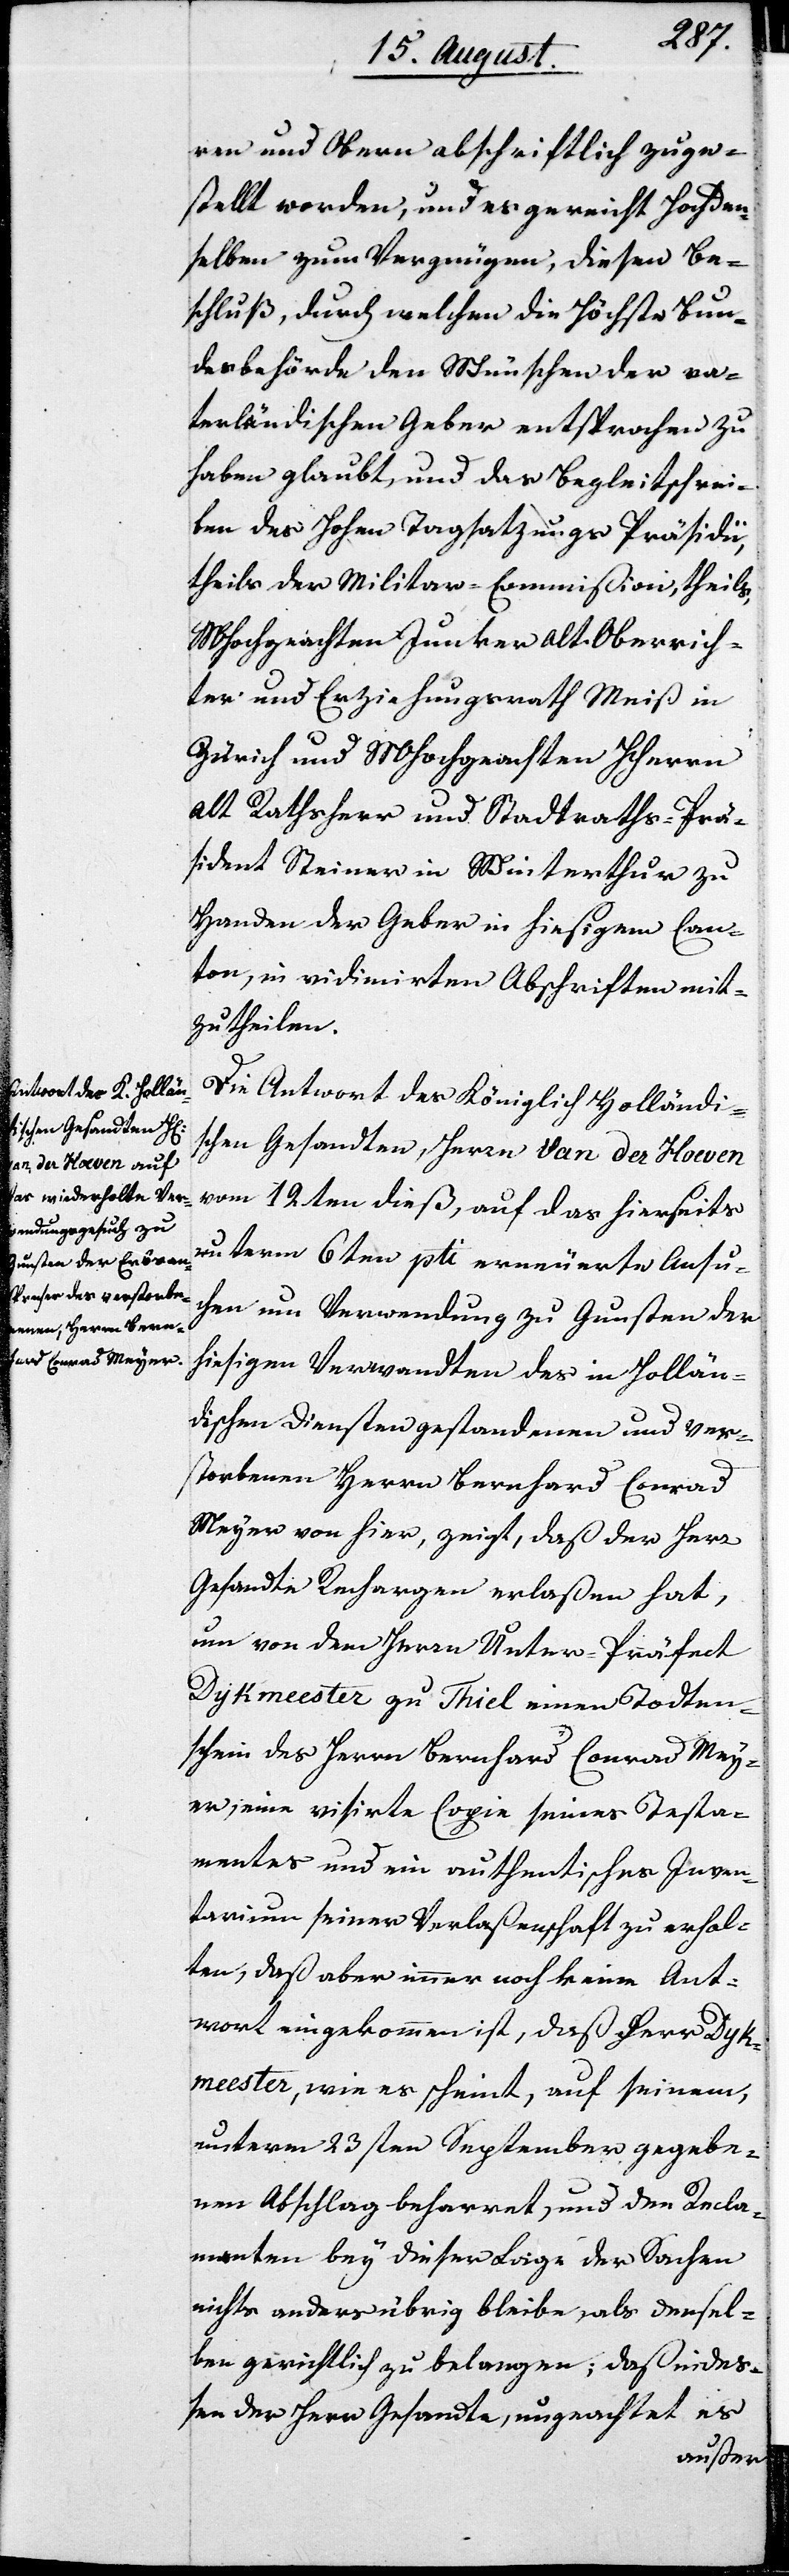
ren und Obern abschriftlich zuge¬
stellt worden, und es gereicht Hochden¬
selben zum Vergnügen, diesen Be¬
schluß, durch welchen die Höchste Bun¬
desbehörde den Wünschen der va¬
terländischen Geber entsprochen zu
haben glaubt, und das Begleitschrei¬
ben des Hohen Tagsatzungs-Präsidii,
theils der Militar-Commißion, theils
MHochgeachten Junker Alt-Oberrich¬
ter und Erziehungsrath Meiß in
Zürich und MHochgeachten HHerrn
Alt Rathsherr und Stadtraths-Prä¬
sident Steiner in Winterthur zu
Handen der Geber in hiesigem Can¬
ton, in vidimierten Abschriften mit¬
zutheilen.
Die Antwort des Königlich Holländi¬
schen Gesandten, Herrn Van der Hoeven
vom 12ten dieß, auf das hierseits
unterm 6ten pti. erneuerte Ansu¬
chen um Verwendung zu Gunsten der
hiesigen Verwandten des in Hollän¬
dischen Diensten gestandenen und ver¬
storbenen Herrn Bernhard Conrad
Meyer von hier, zeigt, daß der Herr
Gesandte Rechargen erlaßen hat,
um von dem Unter-Präfect
Dykmeester zu Thiel einen Todten¬
schein des Herrn Bernhard Conrad Mey¬
er, eine visirte Copie seines Testa¬
mentes und ein authentisches Inven¬
tarium seiner Verlaßenschaft zu erhal¬
ten, daß aber immer noch keine Ant¬
wort eingekommen ist, daß Herr Dyk¬
meester, wie es scheint, auf seinem
unterm 23sten September gegebe¬
nen Abschlag beharret, und den Recla¬
manten bey dieser Lage der Sachen
nichts anders übrig bleibe, als densel¬
ben gerichtlich zu verklagen; daß indeß¬
en der Herr Gesandte, ungeachtet es